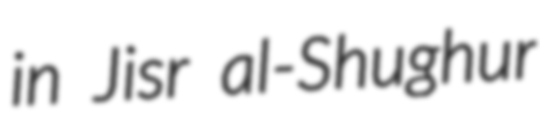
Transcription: in Jisr al-Shughur